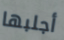
أجلبها